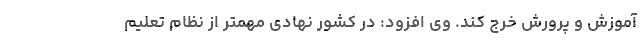
آموزش و پرورش خرج کند. وی افزود: در کشور نهادی مهمتر از نظام تعلیم